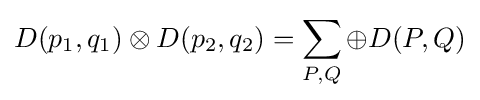
D(p_{1},q_{1})\otimes D(p_{2},q_{2})=\sum _{P,Q}\oplus D(P,Q)